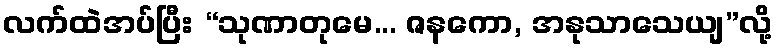
လက်ထဲအပ်ပြီး “သုဏာတုမေ... ဇနကော, အနုသာသေယျ”လို့